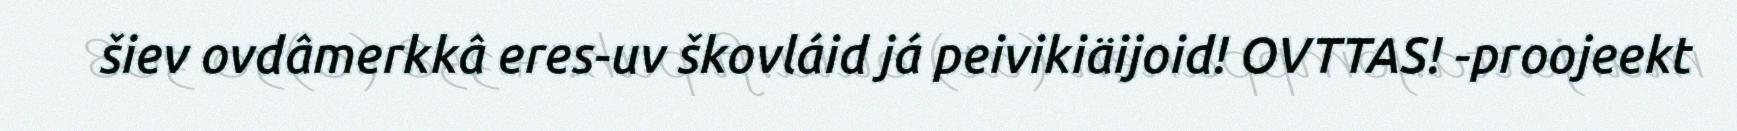
šiev ovdâmerkkâ eres-uv škovláid já peivikiäijoid! OVTTAS! -proojeekt